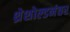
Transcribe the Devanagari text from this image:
थ्रेशोल्डनंतर